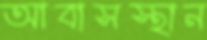
আবাসস্থান